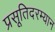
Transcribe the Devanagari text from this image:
प्रसूतिदरम्यान